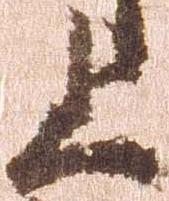
上